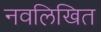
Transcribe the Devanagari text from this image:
नवलिखित